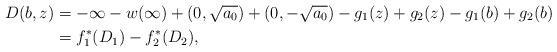
LaTeX: \begin{align*}D(b,z) &= -\infty -w(\infty ) + (0,\sqrt{a_0}) + (0,-\sqrt{a_0})-g_1 (z)+g_2 (z)-g_1 (b)+g_2 (b)\\&=f_1 ^* (D_1 )-f_2 ^* (D_2 ),\end{align*}